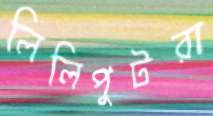
লিলিপুটরা